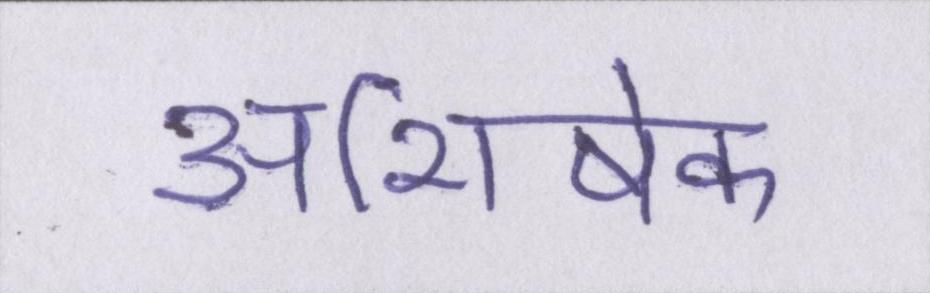
अभिषेक